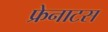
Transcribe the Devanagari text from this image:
फ्रेनाटस